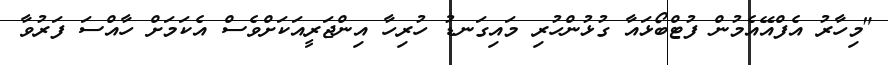
"މިހާރު އެފްއޭއެމުން ފުޓްބޯޅައާ ގުޅުންހުރި މައިގަނޑު ހުރިހާ އިންޖަރީއަކަށްވެސް އެކަމަށް ހާއްސަ ފަރުވާ